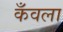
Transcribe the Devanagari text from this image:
कँवला